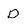
Character: D